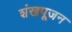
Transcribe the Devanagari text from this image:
शंखपूजन